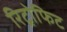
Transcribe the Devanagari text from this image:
रिट्रोफिट